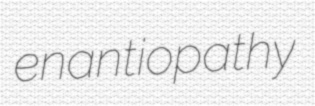
enantiopathy